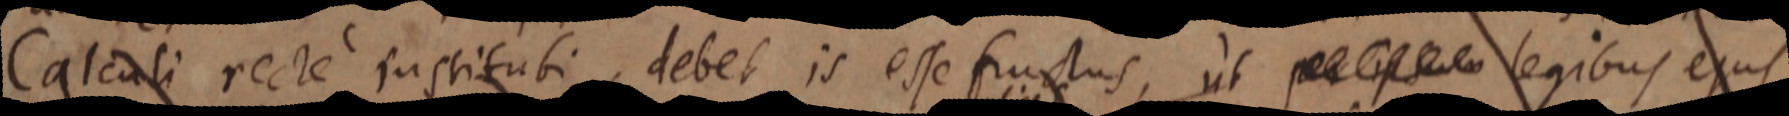
Calculi recte instituti, debet is esse fructus, ut _ legibus ejus